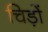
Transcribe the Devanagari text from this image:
चिड़ों